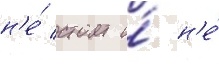
н'е́ стоит и́ н'е́